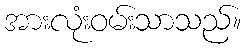
အားလုံးဝမ်းသာသည်။